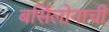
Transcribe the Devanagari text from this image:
बर्सिलोनाची